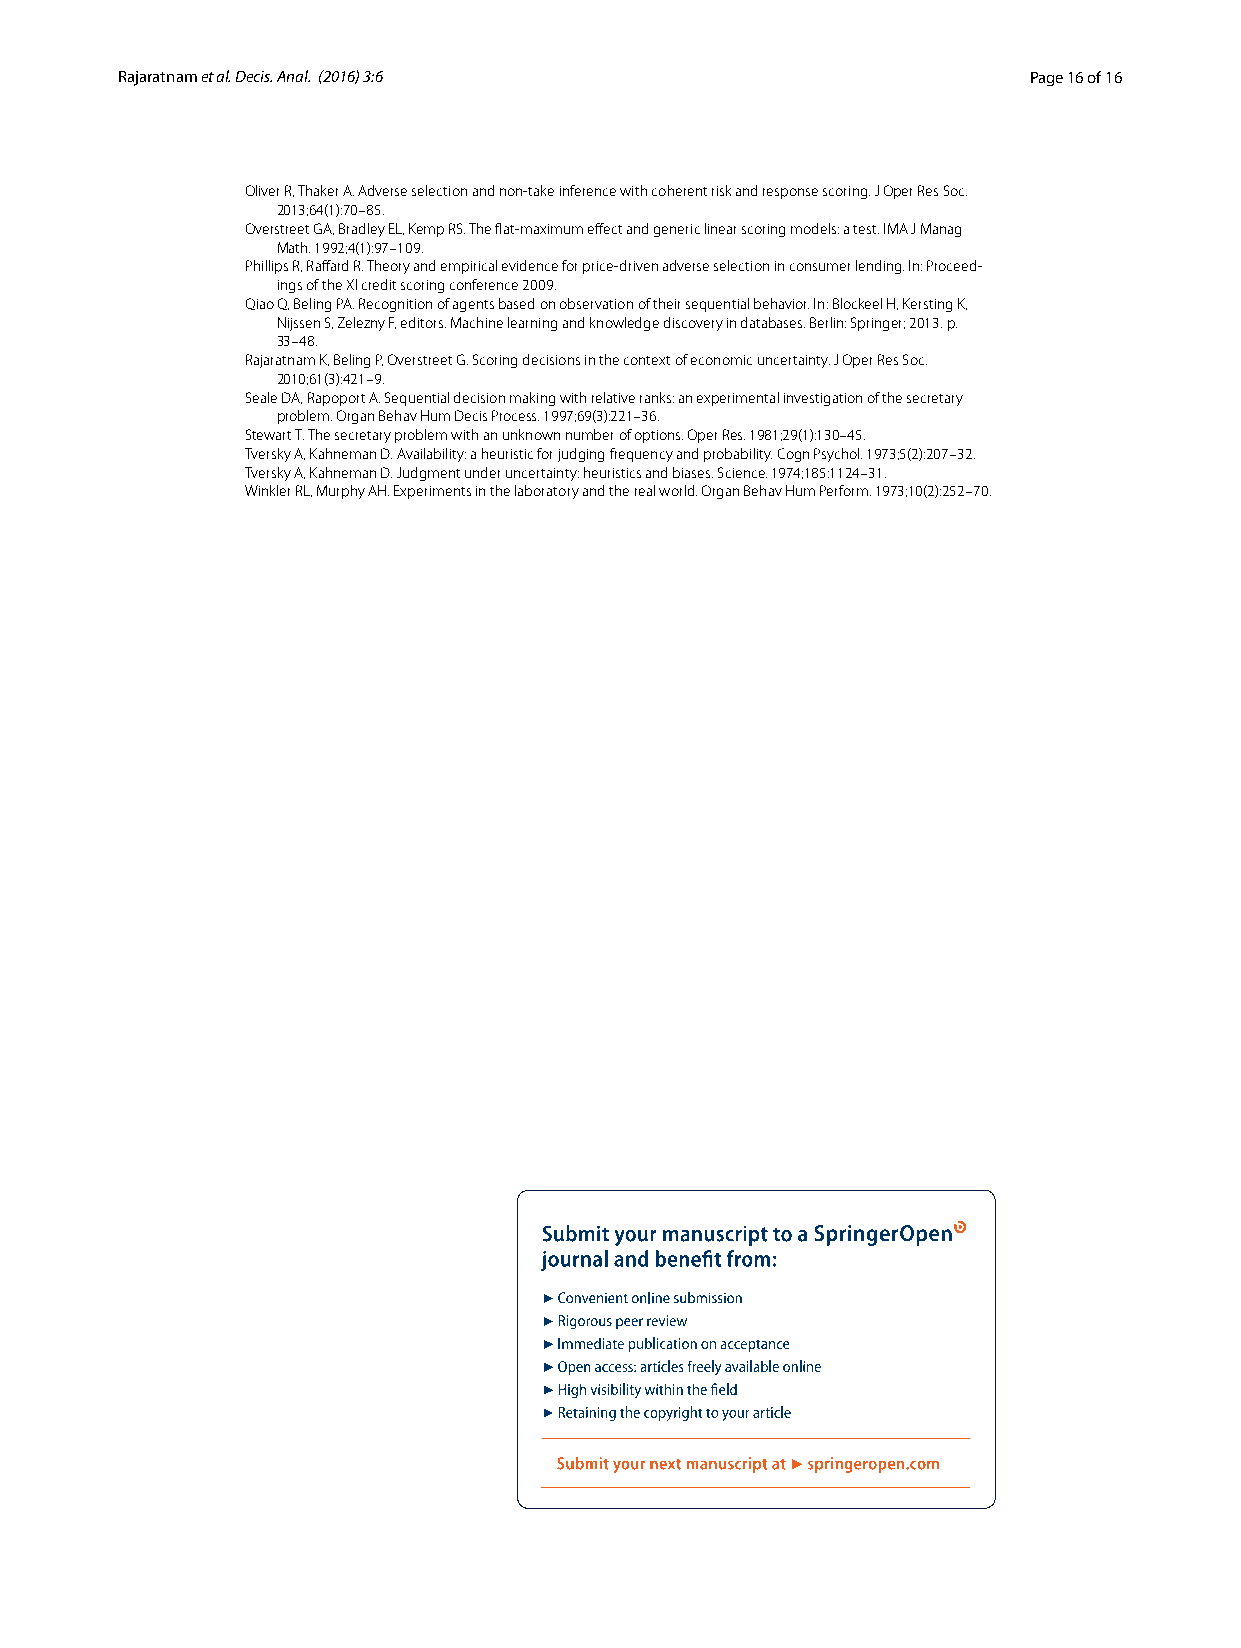
Rajaratnam et al. Decis. Anal. (2016) 3:6                   Page 16 of 16
 Oliver R, Thaker A. Adverse selection and non-take inference with coherent risk and response scoring. J Oper Res Soc.
 2013;64(1):70–85.
 Overstreet GA, Bradley EL, Kemp RS. The flat-maximum effect and generic linear scoring models: a test. IMA J Manag
 Math. 1992;4(1):97–109.
 Phillips R, Raffard R. Theory and empirical evidence for price-driven adverse selection in consumer lending. In: Proceed-
 ings of the XI credit scoring conference 2009.
 Qiao Q, Beling PA. Recognition of agents based on observation of their sequential behavior. In: Blockeel H, Kersting K,
 Nijssen S, Zelezny F, editors. Machine learning and knowledge discovery in databases. Berlin: Springer; 2013. p.
 33–48.
 Rajaratnam K, Beling P, Overstreet G. Scoring decisions in the context of economic uncertainty. J Oper Res Soc.
 2010;61(3):421–9.
 Seale DA, Rapoport A. Sequential decision making with relative ranks: an experimental investigation of the secretary
 problem. Organ Behav Hum Decis Process. 1997;69(3):221–36.
 Stewart T. The secretary problem with an unknown number of options. Oper Res. 1981;29(1):130–45.
 Tversky A, Kahneman D. Availability: a heuristic for judging frequency and probability. Cogn Psychol. 1973;5(2):207–32.
 Tversky A, Kahneman D. Judgment under uncertainty: heuristics and biases. Science. 1974;185:1124–31.
 Winkler RL, Murphy AH. Experiments in the laboratory and the real world. Organ Behav Hum Perform. 1973;10(2):252–70.